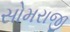
સોમરાજી